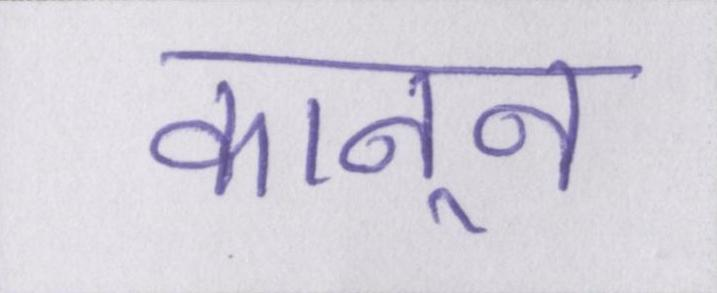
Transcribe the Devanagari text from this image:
कानून